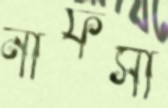
নাফসী